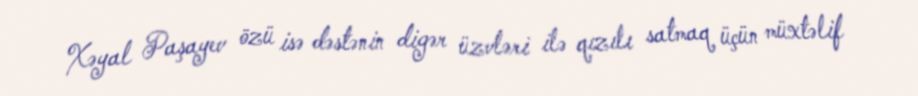
Xəyal Paşayev özü isə dəstənin digər üzvləri ilə qızılı satmaq üçün müxtəlif